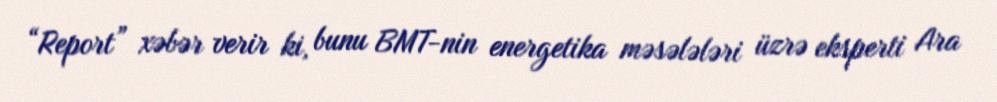
“Report” xəbər verir ki, bunu BMT-nin energetika məsələləri üzrə eksperti Ara